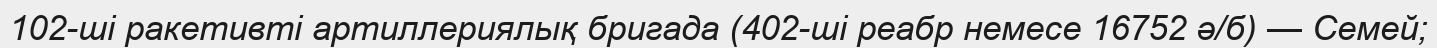
102-ші ракетивті артиллериялық бригада (402-ші реабр немесе 16752 ә/б) — Семей;